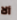
ألا